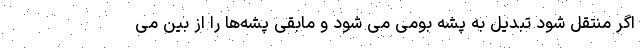
اگر منتقل شود تبدیل به پشه بومی می شود و مابقی پشه‌ها را از بین می